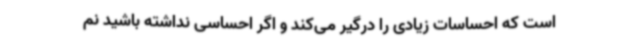
است که احساسات زیادی را درگیر می‌کند و اگر احساسی نداشته باشید نم